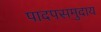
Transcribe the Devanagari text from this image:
पादपसमुदाय